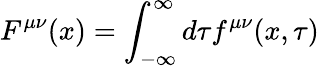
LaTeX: F^{\mu\nu}(x)=\int_{-\infty}^{\infty}d\tau f^{\mu\nu}(x,\tau)